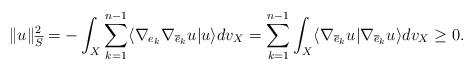
LaTeX: \begin{align*}\|u\|_{\overline S}^2=-\int_X\sum_{k=1}^{n-1}\langle\nabla_{e_k}\nabla_{\overline e_k} u|u\rangle dv_X=\sum_{k=1}^{n-1}\int_X\langle\nabla_{\overline e_k} u|\nabla_{\overline e_k}u\rangle dv_X\geq0.\end{align*}